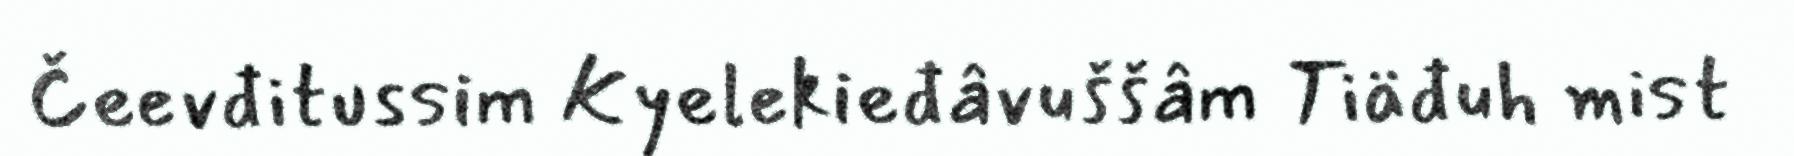
Čeevđitussim Kyelekieđâvuššâm Tiäđuh mist